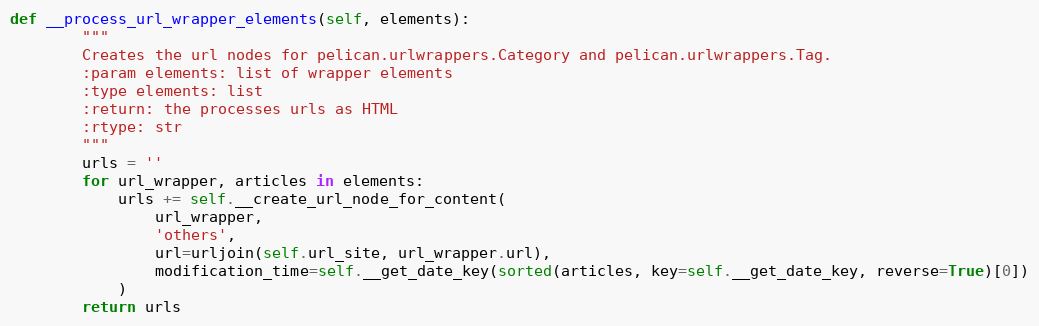
Language: Python
def __process_url_wrapper_elements(self, elements):
        """
        Creates the url nodes for pelican.urlwrappers.Category and pelican.urlwrappers.Tag.
        :param elements: list of wrapper elements
        :type elements: list
        :return: the processes urls as HTML
        :rtype: str
        """
        urls = ''
        for url_wrapper, articles in elements:
            urls += self.__create_url_node_for_content(
                url_wrapper,
                'others',
                url=urljoin(self.url_site, url_wrapper.url),
                modification_time=self.__get_date_key(sorted(articles, key=self.__get_date_key, reverse=True)[0])
            )
        return urls